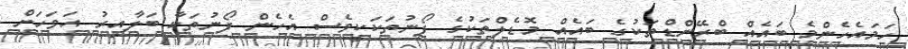
ހަމައެހެންމެ ބައެއް ބްރޭންޑްތަކުގެ ބައެއް މޮޑެލްތަކުގެ ފޯނުތަކަކީވެސް އެހެން ފޯނުތަކާ ބަލާއިރު އަވަހަށް